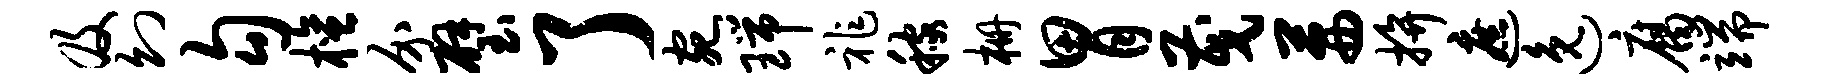
及幻勾檀介璧了宛瑞祚稼栅胃茂茜拚遮逸腐端